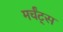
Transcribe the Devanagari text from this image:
मर्चंट्‌स